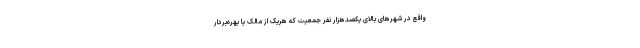
واقع در شهرهای بالای یکصدهزار نفر جمعیت که هریک از مالک یا بهره‌بردار